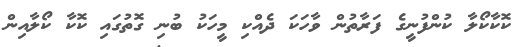
ކޮކާކޯލާ ކުންފުނީގެ ފަރާތުން ވާހަކަ ދެއްކި މީހަކު ބުނި ގޮތުގައި ކޮކާ ކޯލާއިން